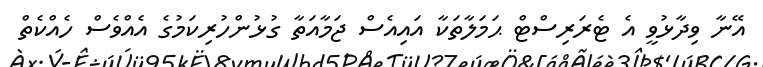
އޭނާ ވިދާޅުވީ އެ ޓެރަރިސްޓް ޙަމަލާތަކާ އައިއެސް ޖަމާއަތާ ގުޅުންހުރިކަމުގެ އެއްވެސް ހެއްކެތް